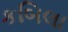
કબિલા